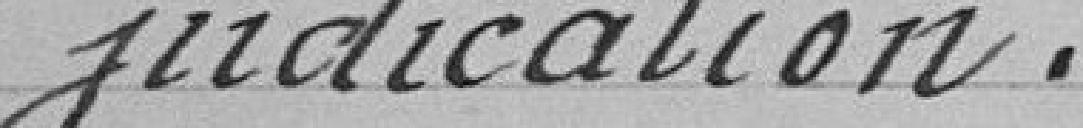
judication.